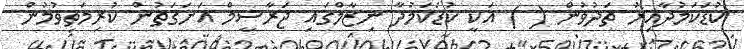
ކުޑަކަމުދާއިރު ތަދުވުން ( ) އަކީ ކުޑަކަމުދާ ނިޒާމްގައި ޖަރާސީމް އަށަގަތުން ކުރިމަތިވުމުން